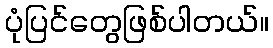
ပုံပြင်တွေဖြစ်ပါတယ်။